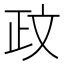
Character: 𫿮